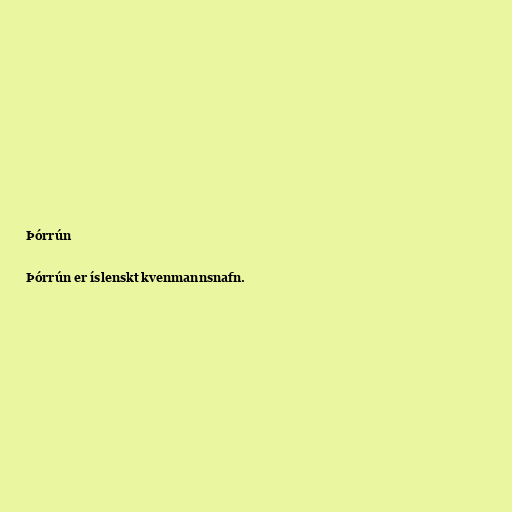
Þórrún

Þórrún er íslenskt kvenmannsnafn.